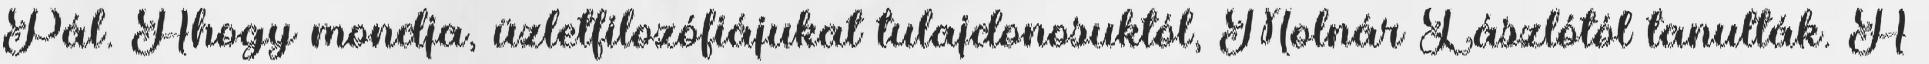
Pál. Ahogy mondja, üzletfilozófiájukat tulajdonosuktól, Molnár Lászlótól tanulták. A